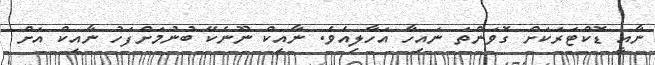
ނާއީ ޑޮކްޓަރަކަށް ގޮވަންތަ ނައިހާ އަހާލިއެވެ. ނާއިކް ނޫނެކޭ ބުނުމަށްފަހު ނާއިކް އަށް